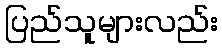
ပြည်သူများလည်း